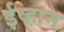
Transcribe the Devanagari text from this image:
ईव्हान